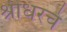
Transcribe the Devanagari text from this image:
श्रीधरचे